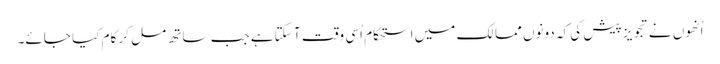
اُنھوں نے تجویز پیش کی کہ دونوں ممالک میں استحکام اُسی وقت آ سکتا ہے جب ساتھ مل کر کام کیا جائے۔